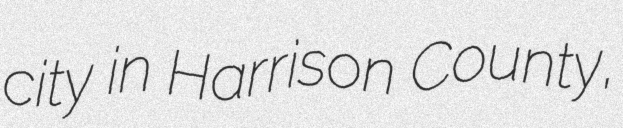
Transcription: city in Harrison County,